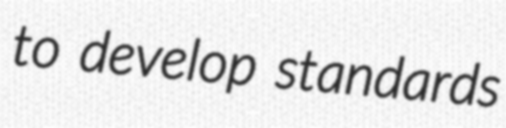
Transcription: to develop standards